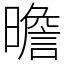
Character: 曕